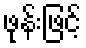
ဖုန်းဖြင့်